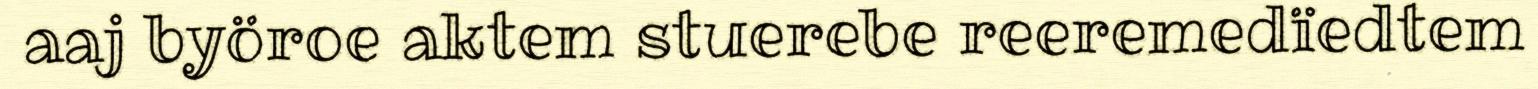
aaj byöroe aktem stuerebe reeremedïedtem